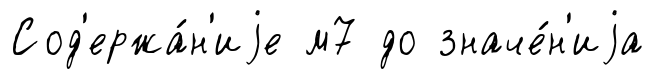
Сод'ержа́н'иjе м7 до значе́н'иjа